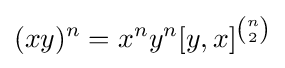
(xy)^{n}=x^{n}y^{n}[y,x]^{\binom {n}{2}}